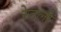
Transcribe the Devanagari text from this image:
रेटली